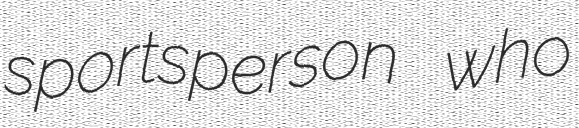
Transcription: sportsperson who